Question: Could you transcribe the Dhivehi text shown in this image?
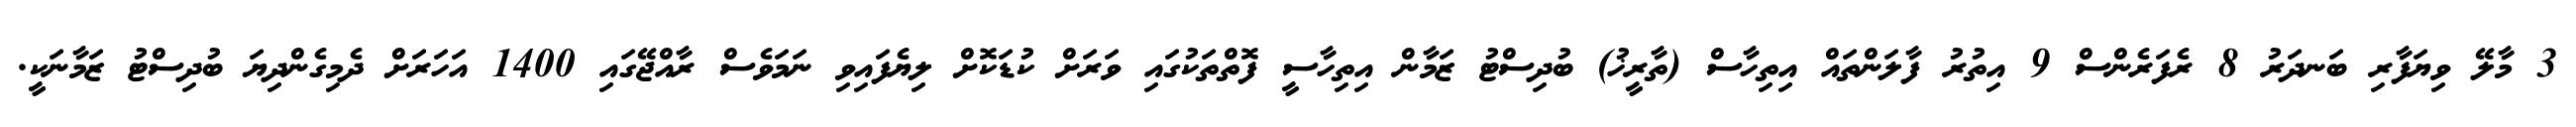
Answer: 3 މާލޭ ވިޔަފާރި ބަނދަރު 8 ރެފަރެންސް 9 އިތުރު ފާލަންތައް އިތިހާސް (ތާރީޚު) ބުދިސްޓު ޒަމާން އިތިހާސީ ފޮތްތަކުގައި ވަރަށް ކުޑަކޮށް ލިޔެފައިވި ނަމަވެސް ރާއްޖޭގައި 1400 އަހަރަށް ދެމިގެންދިޔަ ބުދިސްޓު ޒަމާނަކީ.